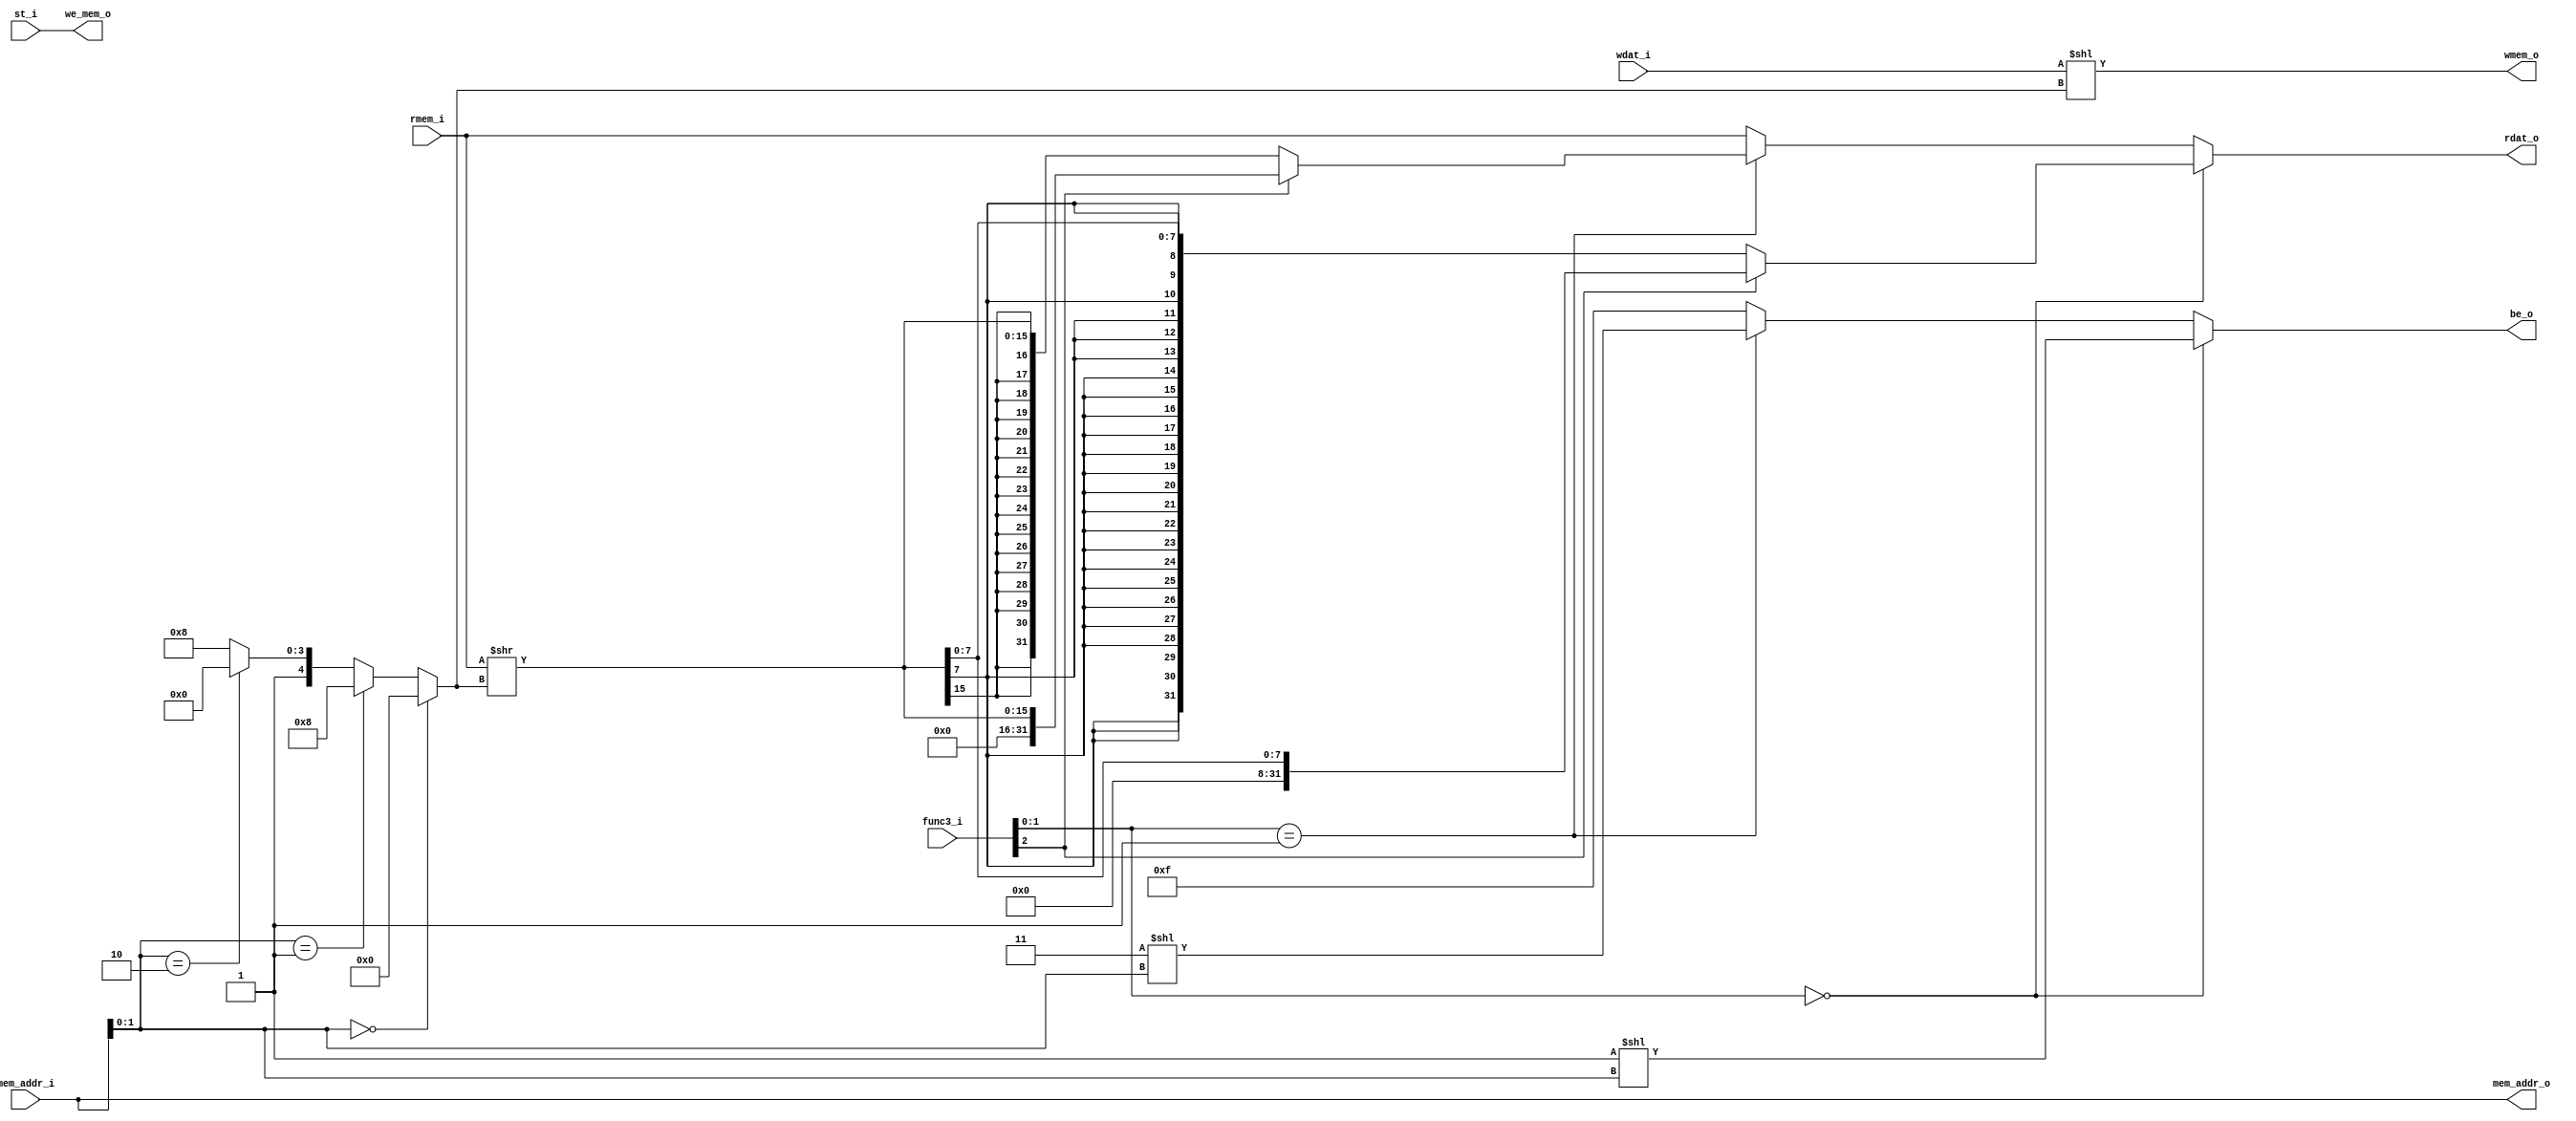
module rv32i_lsu ( 
   input  wire [2:0]    func3_i,
   input  wire          st_i,
   input  wire [31:0]   wdat_i,
   input  wire [31:0]   mem_addr_i,
   output wire [31:0]   mem_addr_o,
   output wire          we_mem_o,
   input  wire [31:0]   rmem_i,
   output wire [31:0]   wmem_o,
   output wire [31:0]   rdat_o,
   output wire [3:0]    be_o
);

   wire        is_b;
   wire        is_h;
   wire        is_w;
   wire        is_unsigned;
   wire [1:0]  low_addr;

   wire [31:0] rmem_shifted;
   wire [31:0] rbyte_extended;
   wire [31:0] rhalfw_extended;

   wire [5:0] shift_amt;

   assign is_b = (func3_i[1:0] == 2'b00);
   assign is_h = (func3_i[1:0] == 2'b01);
   assign is_w = (func3_i[1:0] == 2'b10);

   assign is_unsigned   = func3_i[2];
   assign mem_addr_o    = mem_addr_i;
   assign we_mem_o      = st_i;
   assign low_addr      = mem_addr_i[1:0];

   assign shift_amt     =  (low_addr == 2'b00) ?   6'h00 :
                           (low_addr == 2'b01) ?   6'h08 :
                           (low_addr == 2'b10) ?   6'h10 :
                                                   6'h18;

   assign wmem_o        = (wdat_i << shift_amt);
   assign rmem_shifted  = (rmem_i >> shift_amt);

   assign rbyte_extended = is_unsigned ?  {         24'b0        , rmem_shifted[7:0] } :
                                          { {24{rmem_shifted[7]}}, rmem_shifted[7:0] };

   assign rhalfw_extended = is_unsigned ? {          16'b0        , rmem_shifted[15:0] } :
                                          { {16{rmem_shifted[15]}}, rmem_shifted[15:0] };

   assign rdat_o =   is_b ?   rbyte_extended :
                     is_h ?   rhalfw_extended :
                              rmem_i;

   assign be_o =  is_b ? (4'h1 << low_addr) :
                  is_h ? (4'h3 << low_addr) :
                         'hf;

`ifndef SYNTHESIS
   always @(*) begin
      #0 assert (!( is_h && (low_addr == 2'b11) ));
      #0 assert (!( is_w && (low_addr != 2'b00) ));
   end
`endif

endmodule